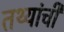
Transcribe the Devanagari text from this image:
तथ्यांची